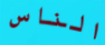
الناس